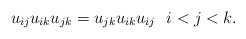
\begin{align*} u_{ij} u_{ik} u_{jk}=u_{jk} u_{ik} u_{ij} \ \ i < j < k.\end{align*}